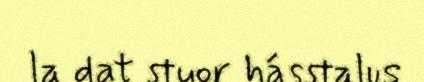
la dat stuor hásstalus